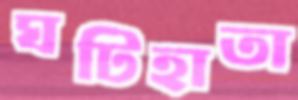
ঘটিহাতা